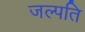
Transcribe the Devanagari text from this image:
जल्पति